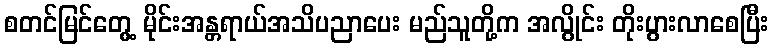
စတင်မြင်တွေ့ မိုင်းအန္တရာယ်အသိပညာပေး မည်သူတို့က အလွိုင်း တိုးပွားလာစေပြီး